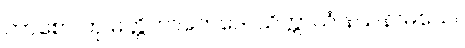
ကာစော တု မတ္တိကာဘေဒေ၊ သိက္ကာယံ နယနာမယေ။